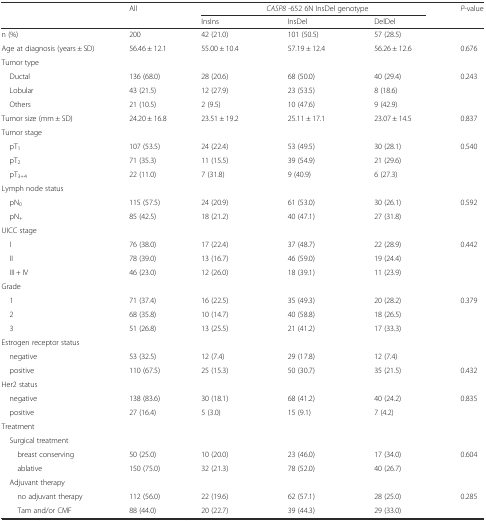
<table><thead><tr><td rowspan="2"></td><td rowspan="2"><b>All</b></td><td colspan="3"><b><i>CASP8</i> -652 6N InsDel genotype</b></td><td rowspan="2"><b><i>P</i>-value</b></td></tr><tr><td><b>InsIns</b></td><td><b>InsDel</b></td><td><b>DelDel</b></td></tr></thead><tbody><tr><td>n (%)</td><td>200</td><td>42 (21.0)</td><td>101 (50.5)</td><td>57 (28.5)</td><td></td></tr><tr><td>Age at diagnosis (years ± SD)</td><td>56.46 ± 12.1</td><td>55.00 ± 10.4</td><td>57.19 ± 12.4</td><td>56.26 ± 12.6</td><td>0.676</td></tr><tr><td colspan="6">Tumor type</td></tr><tr><td> Ductal</td><td>136 (68.0)</td><td>28 (20.6)</td><td>68 (50.0)</td><td>40 (29.4)</td><td rowspan="3">0.243</td></tr><tr><td> Lobular</td><td>43 (21.5)</td><td>12 (27.9)</td><td>23 (53.5)</td><td>8 (18.6)</td></tr><tr><td> Others</td><td>21 (10.5)</td><td>2 (9.5)</td><td>10 (47.6)</td><td>9 (42.9)</td></tr><tr><td>Tumor size (mm ± SD)</td><td>24.20 ± 16.8</td><td>23.51 ± 19.2</td><td>25.11 ± 17.1</td><td>23.07 ± 14.5</td><td>0.837</td></tr><tr><td colspan="6">Tumor stage</td></tr><tr><td> pT<sub>1</sub></td><td>107 (53.5)</td><td>24 (22.4)</td><td>53 (49.5)</td><td>30 (28.1)</td><td rowspan="3">0.540</td></tr><tr><td> pT<sub>2</sub></td><td>71 (35.3)</td><td>11 (15.5)</td><td>39 (54.9)</td><td>21 (29.6)</td></tr><tr><td> pT<sub>3+4</sub></td><td>22 (11.0)</td><td>7 (31.8)</td><td>9 (40.9)</td><td>6 (27.3)</td></tr><tr><td colspan="6">Lymph node status</td></tr><tr><td> pN<sub>0</sub></td><td>115 (57.5)</td><td>24 (20.9)</td><td>61 (53.0)</td><td>30 (26.1)</td><td rowspan="2">0.592</td></tr><tr><td> pN<sub>+</sub></td><td>85 (42.5)</td><td>18 (21.2)</td><td>40 (47.1)</td><td>27 (31.8)</td></tr><tr><td colspan="6">UICC stage</td></tr><tr><td> I</td><td>76 (38.0)</td><td>17 (22.4)</td><td>37 (48.7)</td><td>22 (28.9)</td><td rowspan="3">0.442</td></tr><tr><td> II</td><td>78 (39.0)</td><td>13 (16.7)</td><td>46 (59.0)</td><td>19 (24.4)</td></tr><tr><td> III + IV</td><td>46 (23.0)</td><td>12 (26.0)</td><td>18 (39.1)</td><td>11 (23.9)</td></tr><tr><td colspan="6">Grade</td></tr><tr><td> 1</td><td>71 (37.4)</td><td>16 (22.5)</td><td>35 (49.3)</td><td>20 (28.2)</td><td rowspan="3">0.379</td></tr><tr><td> 2</td><td>68 (35.8)</td><td>10 (14.7)</td><td>40 (58.8)</td><td>18 (26.5)</td></tr><tr><td> 3</td><td>51 (26.8)</td><td>13 (25.5)</td><td>21 (41.2)</td><td>17 (33.3)</td></tr><tr><td colspan="6">Estrogen receptor status</td></tr><tr><td> negative</td><td>53 (32.5)</td><td>12 (7.4)</td><td>29 (17.8)</td><td>12 (7.4)</td><td></td></tr><tr><td> positive</td><td>110 (67.5)</td><td>25 (15.3)</td><td>50 (30.7)</td><td>35 (21.5)</td><td>0.432</td></tr><tr><td>Her2 status</td><td></td><td></td><td></td><td></td><td></td></tr><tr><td> negative</td><td>138 (83.6)</td><td>30 (18.1)</td><td>68 (41.2)</td><td>40 (24.2)</td><td>0.835</td></tr><tr><td> positive</td><td>27 (16.4)</td><td>5 (3.0)</td><td>15 (9.1)</td><td>7 (4.2)</td><td></td></tr><tr><td colspan="6">Treatment</td></tr><tr><td colspan="6"> Surgical treatment</td></tr><tr><td>breast conserving</td><td>50 (25.0)</td><td>10 (20.0)</td><td>23 (46.0)</td><td>17 (34.0)</td><td rowspan="2">0.604</td></tr><tr><td>ablative</td><td>150 (75.0)</td><td>32 (21.3)</td><td>78 (52.0)</td><td>40 (26.7)</td></tr><tr><td colspan="6"> Adjuvant therapy</td></tr><tr><td>no adjuvant therapy</td><td>112 (56.0)</td><td>22 (19.6)</td><td>62 (57.1)</td><td>28 (25.0)</td><td rowspan="2">0.285</td></tr><tr><td>Tam and/or CMF</td><td>88 (44.0)</td><td>20 (22.7)</td><td>39 (44.3)</td><td>29 (33.0)</td></tr></tbody></table>